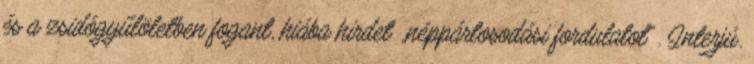
és a zsidógyűlöletben fogant, hiába hirdet „néppártosodási fordulatot”. Interjú.